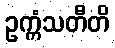
ဥက္ကံသတီတိ